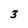
Character: 3